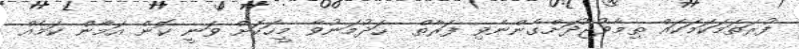
ފުރަތަމަކަމަކައް ތިމާވުޖޫދަށްގެންނެވި ފަރާތް  ހަދުމަނުވާ މީހަކަށް ވަނީ ކޮން އަމާން ކަމެއް